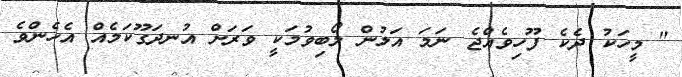
" މީހަކު ދެކެ ފޫހިވެއްޖެ ނަމަ އަލުން ލޯބިވުމަކީ ވަރަށް އުނދަގޫކަމެއް އެހެންވެ